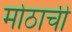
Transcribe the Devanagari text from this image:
मोठाची